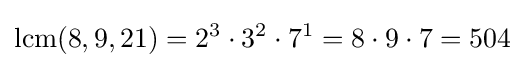
\operatorname {lcm} (8,9,21)=2^{3}\cdot 3^{2}\cdot 7^{1}=8\cdot 9\cdot 7=504